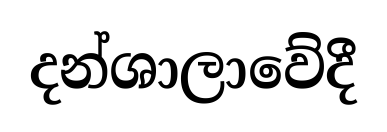
දන්ශාලාවේදී